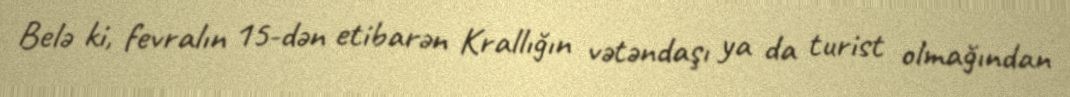
Belə ki, fevralın 15-dən etibarən Krallığın vətəndaşı ya da turist olmağından